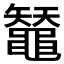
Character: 𪓳